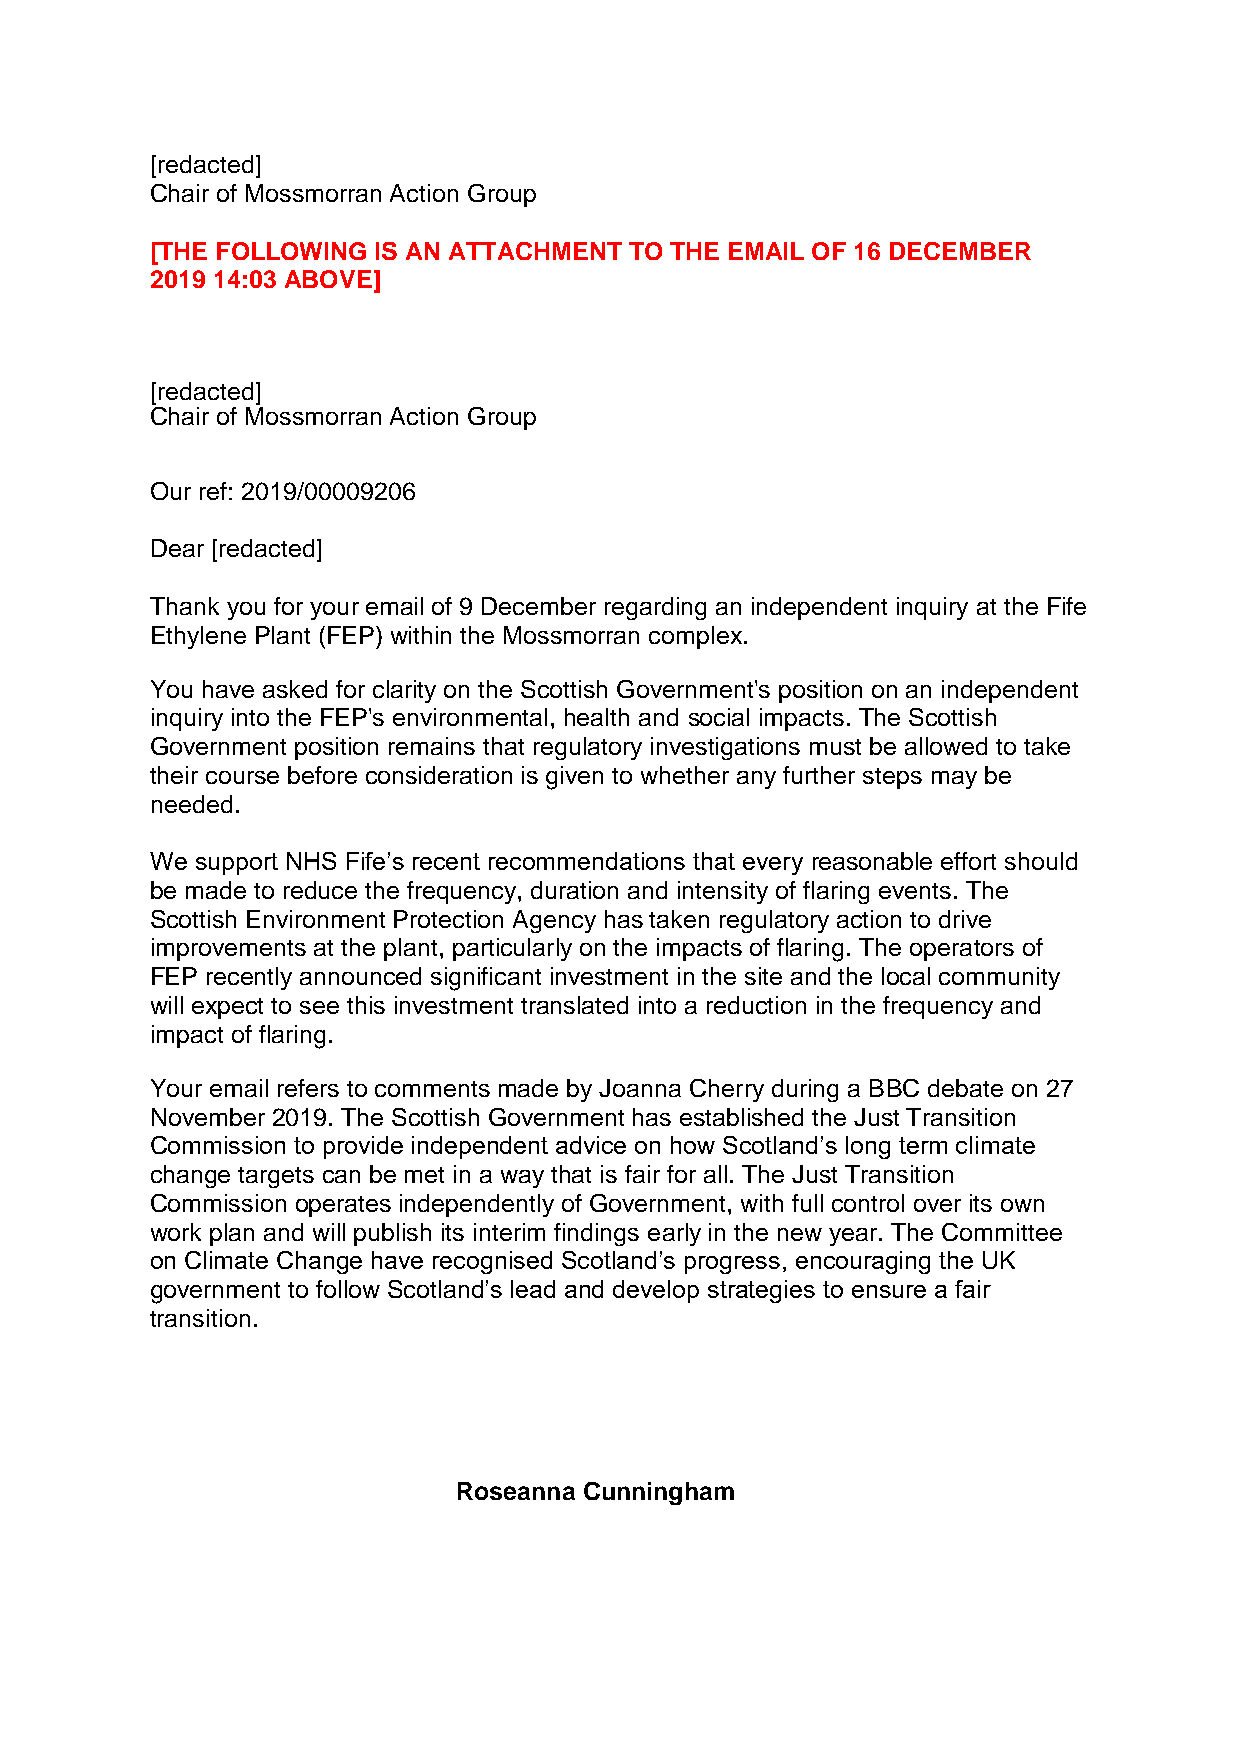
[redacted]
 Chair of Mossmorran Action Group
 [THE FOLLOWING IS AN ATTACHMENT TO THE EMAIL OF 16 DECEMBER
 2019 14:03 ABOVE]
 [redacted]
 Chair of Mossmorran Action Group
 Our ref: 2019/00009206
 Dear [redacted]
 Thank you for your email of 9 December regarding an independent inquiry at the Fife
 Ethylene Plant (FEP) within the Mossmorran complex.
 You have asked for clarity on the Scottish Government's position on an independent
 inquiry into the FEP's environmental, health and social impacts. The Scottish
 Government position remains that regulatory investigations must be allowed to take
 their course before consideration is given to whether any further steps may be
 needed.
 We support NHS Fife’s recent recommendations that every reasonable effort should
 be made to reduce the frequency, duration and intensity of flaring events. The
 Scottish Environment Protection Agency has taken regulatory action to drive
 improvements at the plant, particularly on the impacts of flaring. The operators of
 FEP recently announced significant investment in the site and the local community
 will expect to see this investment translated into a reduction in the frequency and
 impact of flaring.
 Your email refers to comments made by Joanna Cherry during a BBC debate on 27
 November 2019. The Scottish Government has established the Just Transition
 Commission to provide independent advice on how Scotland’s long term climate
 change targets can be met in a way that is fair for all. The Just Transition
 Commission operates independently of Government, with full control over its own
 work plan and will publish its interim findings early in the new year. The Committee
 on Climate Change have recognised Scotland’s progress, encouraging the UK
 government to follow Scotland’s lead and develop strategies to ensure a fair
 transition.
 Roseanna Cunningham